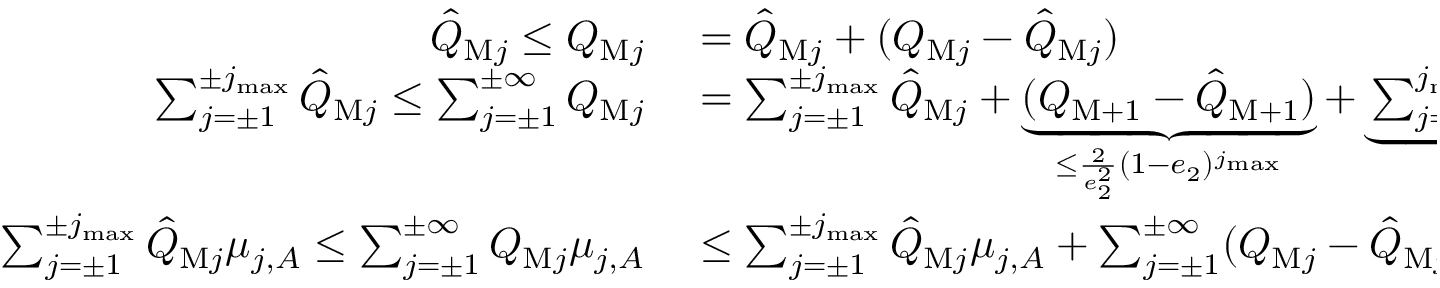
\begin{array} { r l } { \hat { Q } _ { \mathrm { M } j } \le Q _ { \mathrm { M } j } } & { { } = \hat { Q } _ { \mathrm { M } j } + ( Q _ { \mathrm { M } j } - \hat { Q } _ { \mathrm { M } j } ) } \\ { \sum _ { j = \pm 1 } ^ { \pm j _ { \operatorname* { m a x } } } \hat { Q } _ { \mathrm { M } j } \le \sum _ { j = \pm 1 } ^ { \pm \infty } Q _ { \mathrm { M } j } } & { { } = \sum _ { j = \pm 1 } ^ { \pm j _ { \operatorname* { m a x } } } \hat { Q } _ { \mathrm { M } j } + \underbrace { ( Q _ { \mathrm { M } + 1 } - \hat { Q } _ { \mathrm { M } + 1 } ) } _ { \le \frac { 2 } { e _ { 2 } ^ { 2 } } ( 1 - e _ { 2 } ) ^ { j _ { \operatorname* { m a x } } } } + \underbrace { \sum _ { j = 1 } ^ { j _ { \operatorname* { m a x } } } ( Q _ { \mathrm { M } - j } - \hat { Q } _ { \mathrm { M } - j } ) } _ { \le \frac { 1 } { e _ { 2 } ^ { 2 } } ( 1 - e _ { 2 } ) ^ { j _ { \operatorname* { m a x } } } } } \\ { \sum _ { j = \pm 1 } ^ { \pm j _ { \operatorname* { m a x } } } \hat { Q } _ { \mathrm { M } j } \mu _ { j , A } \le \sum _ { j = \pm 1 } ^ { \pm \infty } Q _ { \mathrm { M } j } \mu _ { j , A } } & { { } \le \sum _ { j = \pm 1 } ^ { \pm j _ { \operatorname* { m a x } } } \hat { Q } _ { \mathrm { M } j } \mu _ { j , A } + \sum _ { j = \pm 1 } ^ { \pm \infty } ( Q _ { \mathrm { M } j } - \hat { Q } _ { \mathrm { M } j } ) } \end{array}